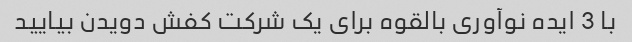
با 3 ایده نوآوری بالقوه برای یک شرکت کفش دویدن بیایید